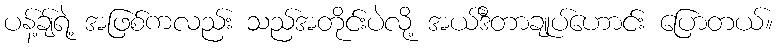
ပန့်ချ်ရဲ့ အဖြစ်ကလည်း သည်အတိုင်းပဲလို့ အယ်ဒီတာချုပ်ဟောင်း ပြောတယ်။